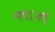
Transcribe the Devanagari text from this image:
गया।अभी